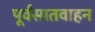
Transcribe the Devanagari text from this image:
पूर्वंसातवाहन